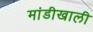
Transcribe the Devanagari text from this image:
मांडीखाली